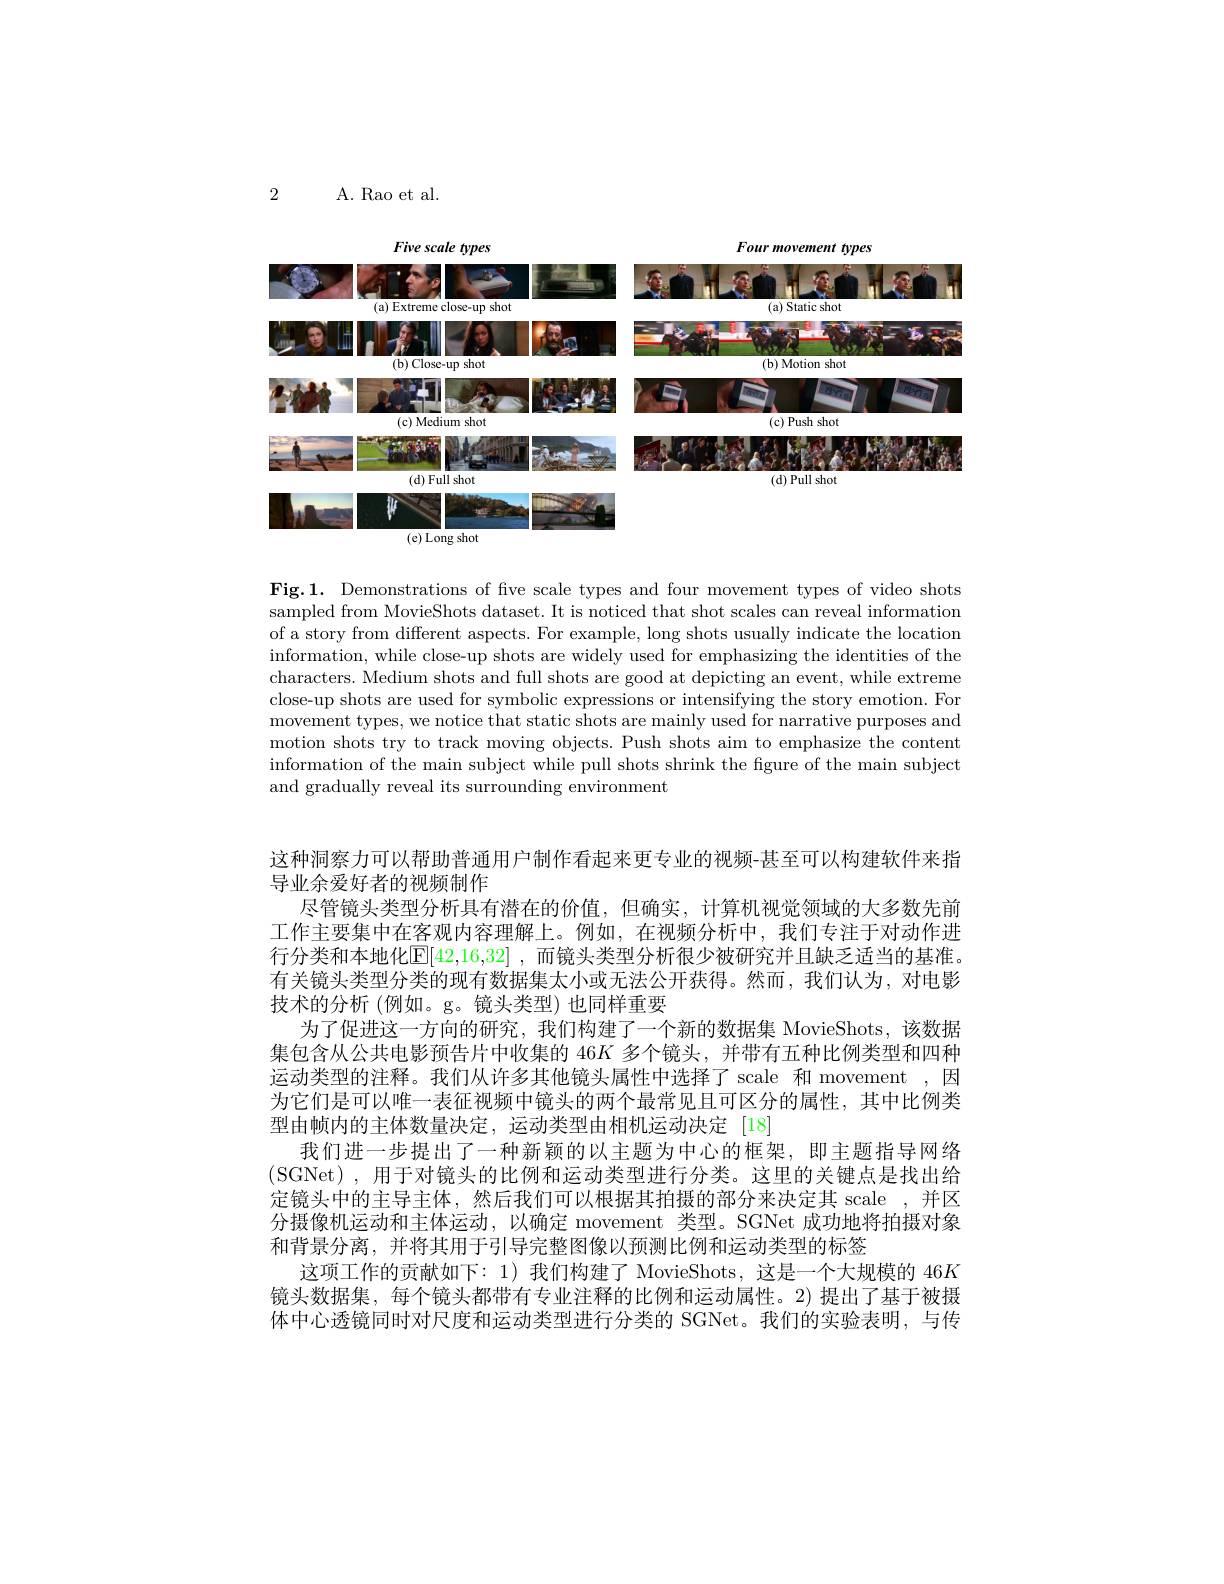
2

A. Rao et al.

Five scale types
<FigureHere>

Four movement types

Fig.1. Demonstrations of fve scale types and four movement types of video shots sampled from MovieShots dataset. It is noticed that shot scales can reveal information of a story from different aspects. For example, long shots usually indicate the location information, while close-up shots are widely used for emphasizing the identities of the characters. Medium shots and full shots are good at depicting an event, while extreme close-up shots are used for symbolic expressions or intensifying the story emotion. For movement types, we notice that static shots are mainly used for narrative purposes and motion shots try to track moving objects. Push shots aim to emphasize the content information of the main subject while pull shots shrink the fgure of the main subject and gradually reveal its surrounding environment

这种洞察力可以帮助普通用户制作看起来更专业的视频-甚至可以构建软件来指
导业余爱好者的视频制作
尽管镜头类型分析具有潜在的价值，但确实，计算机视觉领域的大多数先前工作主要集中在客观内容理解上。例如，在视频分析中，我们专注于对动作进行分类和本地化$\mathbb{E}[42,16,32]$ ,而镜头类型分析很少被研究并且缺乏适当的基准。有关镜头类型分类的现有数据集太小或无法公开获得。然而，我们认为，对电影技术的分析(例如。g。镜头类型)也同样重要
为了促进这一方向的研究，我们构建了一个新的数据集 MovieShots,该数据集包含从公共电影预告片中收集的 46$K$多个镜头，并带有五种比例类型和四种运动类型的注释。我们从许多其他镜头属性中选择了 scale 和 movement ,因为它们是可以唯一表征视频中镜头的两个最常见且可区分的属性，其中比例类型由帧内的主体数量决定，运动类型由相机运动决定[18]
我们进一步提出了一种新颖的以主题为中心的框架，即主题指导网络(SGNet),用于对镜头的比例和运动类型进行分类。这里的关键点是找出给定镜头中的主导主体，然后我们可以根据其拍摄的部分来决定其 scale ,并区分摄像机运动和主体运动，以确定 movement 类型。SGNet 成功地将拍摄对象和背景分离，并将其用于引导完整图像以预测比例和运动类型的标签
这项工作的贡献如下：1) 我们构建了 MovieShots, 这是一个大规模的 46K 镜头数据集，每个镜头都带有专业注释的比例和运动属性。2) 提出了基于被摄体中心透镜同时对尺度和运动类型进行分类的 SGNet。我们的实验表明，与传